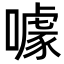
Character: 噱